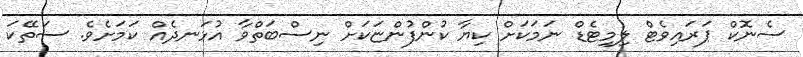
ސެނޮކް ޕަރައިވެޓް ލިމިޓެޑް ނަމަކަށް ކިޔާ ކުންފުންޏަކަށް ނިސްބަތްވާ އުޅަނދެއް ކަމަށެވެ. ސަތޭކަ